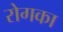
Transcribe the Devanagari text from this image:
रोगका